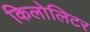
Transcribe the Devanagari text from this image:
किलोलिटर